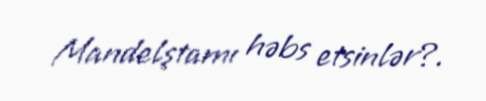
Mandelştamı həbs etsinlər?.